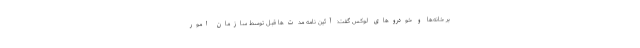
بر خانه‌ها و خودروهای لوکس گفت: آئین نامه مدت‌ها قبل توسط سازمان امور